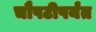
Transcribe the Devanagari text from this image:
चौपटीपर्यंत